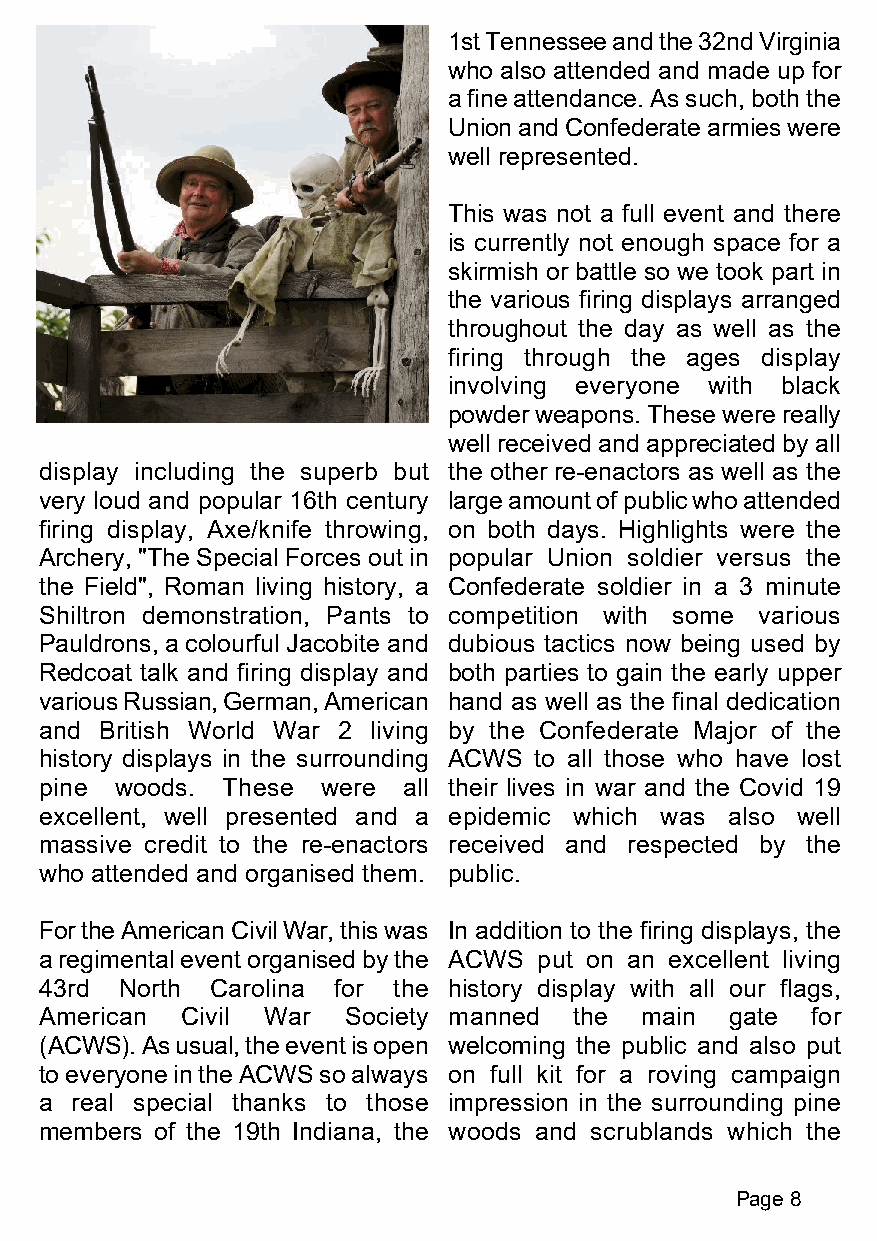
1st Tennessee and the 32nd Virginia
 who also attended and made up for
 a fine attendance. As such, both the
 Union and Confederate armies were
 well represented.
 This was not a full event and there
 is currently not enough space for a
 skirmish or battle so we took part in
 the various firing displays arranged
 throughout the day as well as the
 firing through the ages display
 involving everyone with black
 powder weapons. These were really
 well received and appreciated by all
 display including the superb but the other re-enactors as well as the
 very loud and popular 16th century large amount of public who attended
 firing display, Axe/knife throwing, on both days. Highlights were the
 Archery, "The Special Forces out in popular Union soldier versus the
 the Field", Roman living history, a Confederate soldier in a 3 minute
 Shiltron demonstration, Pants to competition with some various
 Pauldrons, a colourful Jacobite and dubious tactics now being used by
 Redcoat talk and firing display and both parties to gain the early upper
 various Russian, German, American hand as well as the final dedication
 and British World War 2 living by the Confederate Major of the
 history displays in the surrounding ACWS to all those who have lost
 pine woods. These were  all their lives in war and the Covid 19
 excellent, well presented and a epidemic which was also well
 massive credit to the re-enactors received and respected by the
 who attended and organised them. public.
 For the American Civil War, this was In addition to the firing displays, the
 a regimental event organised by the ACWS put on an excellent living
 43rd North Carolina for the history display with all our flags,
 American Civil War  Society manned the main  gate  for
 (ACWS). As usual, the event is open welcoming the public and also put
 to everyone in the ACWS so always on full kit for a roving campaign
 a real special thanks to those impression in the surrounding pine
 members of the 19th Indiana, the woods and scrublands which the
 Page 8